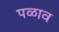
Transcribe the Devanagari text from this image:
पळाव